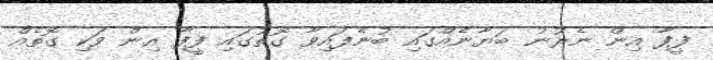
ފީފާ އިން ނެރުނު ބަޔާނެއްގައި ބުނެފައިވާ ގޮތުގައި ފީފާ އިން ވަކި ގޮތެއް